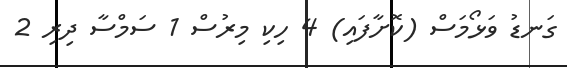
ގަނޑު ވަޅޯމަސް (ކޮށާފައި) 4 ހިކި މިރުސް 1 ސަމްސާ ދިރި 2